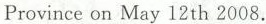
Provinceon May 12 th 2008.